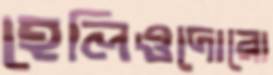
হেলিওদোরো